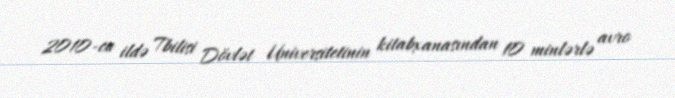
2010-cu ildə Tbilisi Dövlət Universitetinin kitabxanasından 10 minlərlə avro